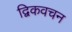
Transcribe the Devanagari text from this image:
द्विकवचन